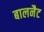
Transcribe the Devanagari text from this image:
बालनैट